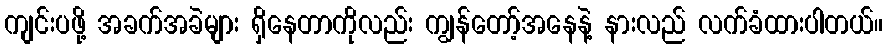
ကျင်းပဖို့ အခက်အခဲများ ရှိနေတာကိုလည်း ကျွန်တော့်အနေနဲ့ နားလည် လက်ခံထားပါတယ်။